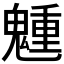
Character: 𩴂